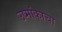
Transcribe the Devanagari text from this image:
उष्मांकाचा